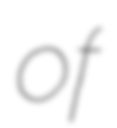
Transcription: of